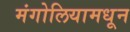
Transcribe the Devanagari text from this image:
मंगोलियामधून